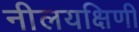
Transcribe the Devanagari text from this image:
नीलयक्षिणी